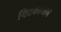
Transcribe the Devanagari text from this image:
चिटकायाचे